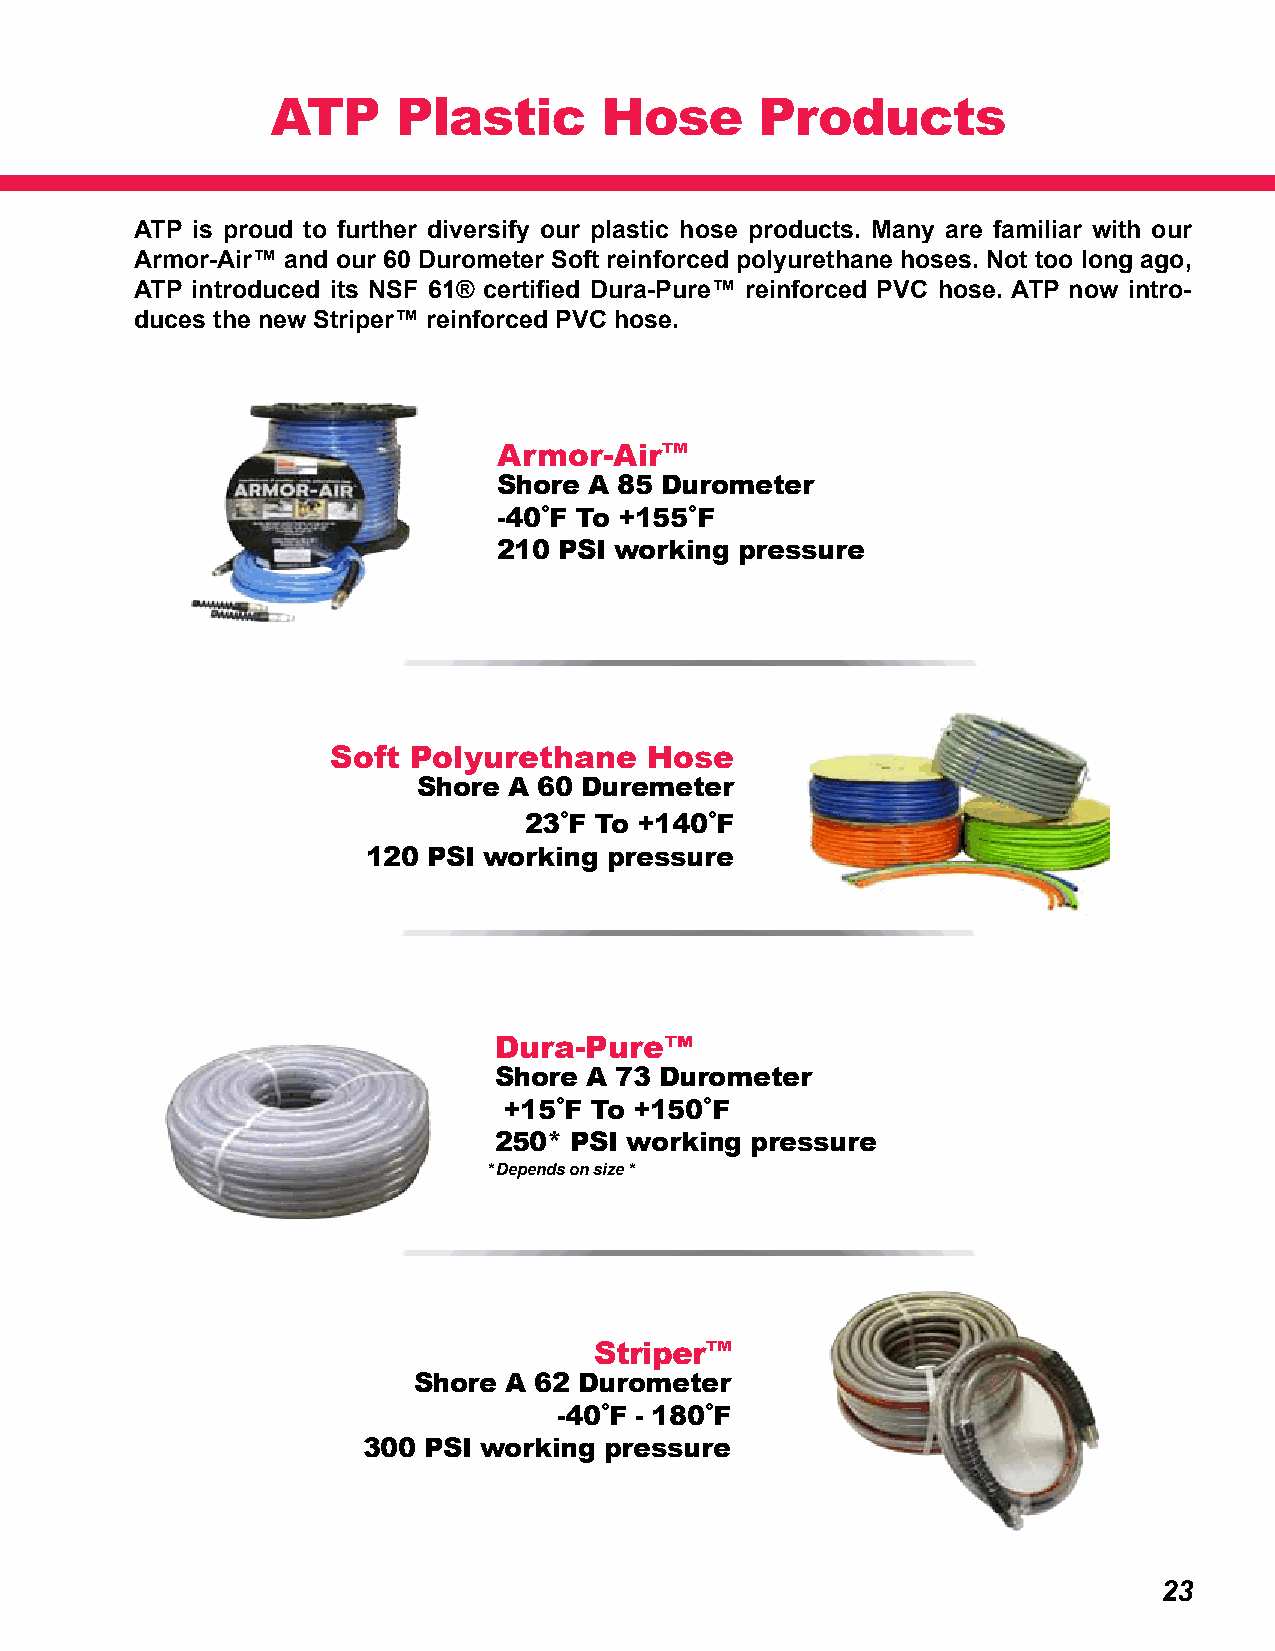
ATP     Plastic       Hose      Products
 ATP is proud to further diversify our plastic hose products. Many are familiar with our
 Armor-Air™ and our 60 Durometer Soft reinforced polyurethane hoses. Not too long ago,
 ATP introduced its NSF 61® certified Dura-Pure™ reinforced PVC hose. ATP now intro-
 duces the new Striper™ reinforced PVC hose.
 Armor-Air™
 Shore A 85 Durometer
 -40˚F To +155˚F
 210 PSI working pressure
 Soft Polyurethane    Hose
 Shore A 60 Duremeter
 23˚F To +140˚F
 120 PSI working pressure
 Dura-Pure™
 Shore A 73 Durometer
 +15˚F To +150˚F
 250* PSI working pressure
 * Depends on size *
 Striper™
 Shore  A 62 Durometer
 -40˚F - 180˚F
 300 PSI working pressure
 23